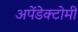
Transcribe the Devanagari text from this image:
अपेंडेक्टोमी